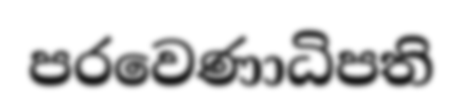
පරවෙණාධිපති